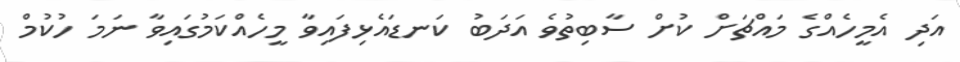
އަދި އެމީހެއްގެ މައްޗަށް ކުށް ސާބިތުވެ އަދަބު ކަނޑައެޅިފައިވާ މީހެއްކަމުގައިވާ ނަމަ ހުކުމް